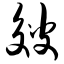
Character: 皴